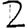
Digit: 2